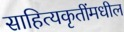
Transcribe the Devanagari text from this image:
साहित्यकृतींमधील